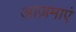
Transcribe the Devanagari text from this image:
आज़माएं